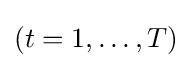
(t=1,\ldots ,T)